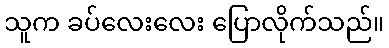
သူက ခပ်လေးလေး ပြောလိုက်သည်။